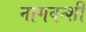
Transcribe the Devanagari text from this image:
नागवन्शी